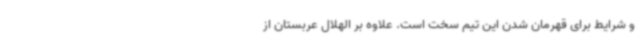
و شرایط برای قهرمان شدن این تیم سخت است. علاوه بر الهلال عربستان از